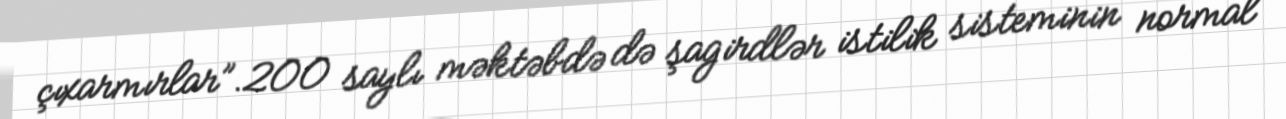
çıxarmırlar”.200 saylı məktəbdə də şagirdlər istilik sisteminin normal